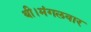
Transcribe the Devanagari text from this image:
थी।मंगलवार